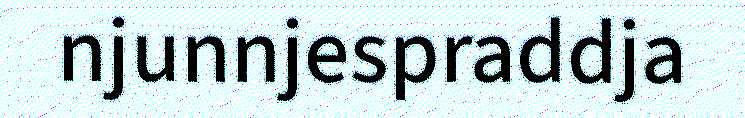
njunnjespraddja